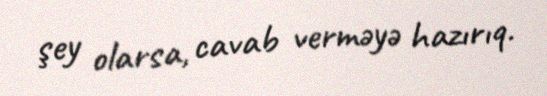
şey olarsa, cavab verməyə hazırıq.